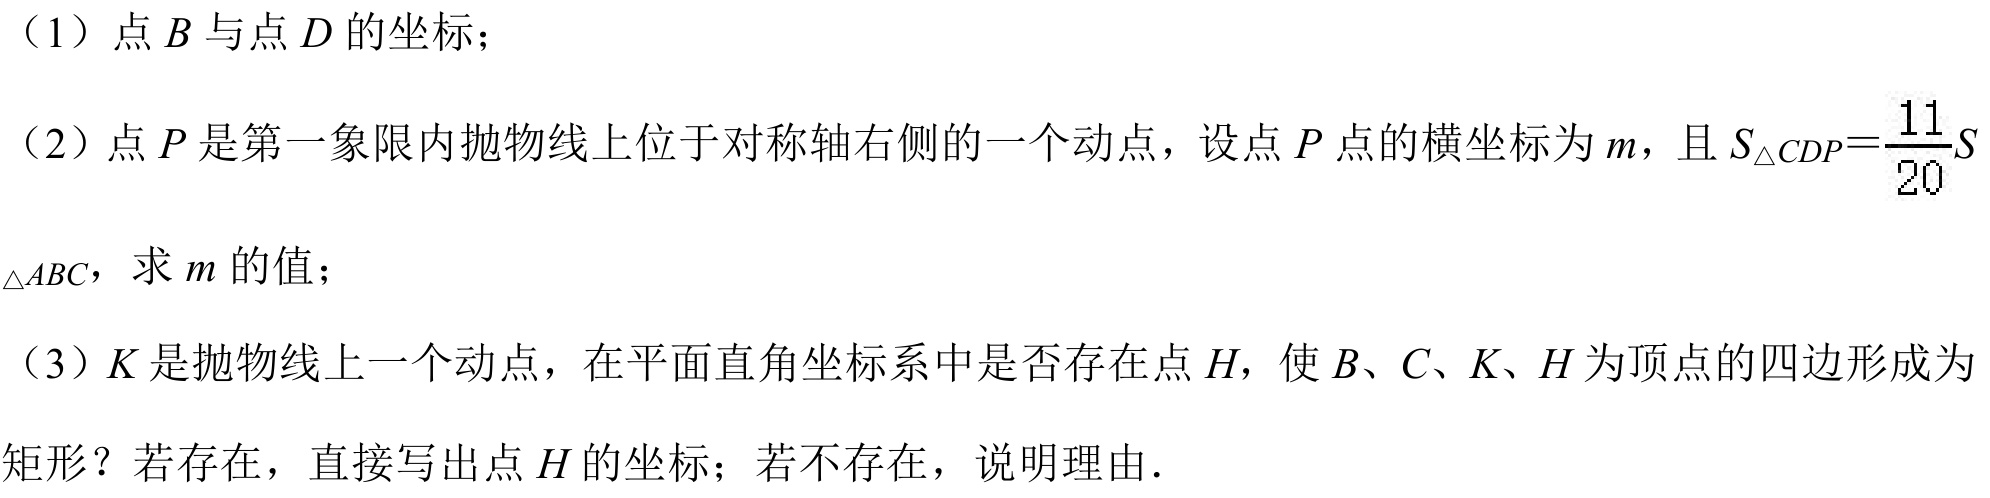
（1）点\(B\)与点\(D\)的坐标；
（2）点\(P\)是第一象限内抛物线上位于对称轴右侧的一个动点，设点\(P\)点的横坐标为\(m\)，且\(S_{\triangle CDP}=\frac{11}{20}S_{\triangle ABC}\)，求\(m\)的值；
（3）\(K\)是抛物线上一个动点，在平面直角坐标系中是否存在点\(H\)，使\(B\)、\(C\)、\(K\)、\(H\)为顶点的四边形成为矩形？若存在，直接写出点\(H\)的坐标；若不存在，说明理由．